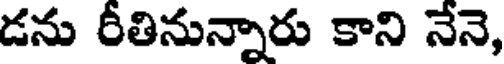
డను రీతినున్నారు కాని నేనె,